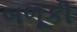
બળૂકી